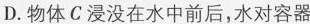
D.物体C浸没在水中前后，水对容器